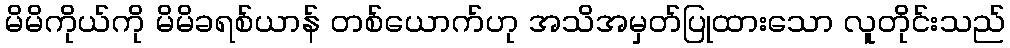
မိမိကိုယ်ကို မိမိခရစ်ယာန် တစ်ယောက်ဟု အသိအမှတ်ပြုထားသော လူတိုင်းသည်